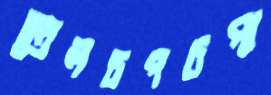
তেলচপচপা